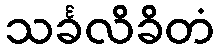
သင်္ခလိခိတံ